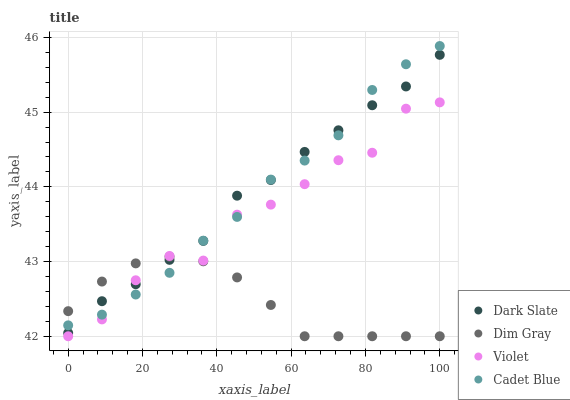
| xaxis_label | Dark Slate | Dim Gray | Violet | Cadet Blue |
 | --- | --- | --- | --- | --- |
 | 0 | 42 | 42.3 | 42 | 42.1 |
 | 9.09 | 42.5 | 42.7 | 42.2 | 42.3 |
 | 18.2 | 42.7 | 43 | 42.7 | 42.6 |
 | 27.3 | 43 | 43.1 | 43.1 | 42.8 |
 | 36.4 | 43.3 | 43 | 43 | 43.3 |
 | 45.5 | 43.9 | 42.8 | 43.6 | 43.6 |
 | 54.5 | 44.1 | 42.4 | 43.8 | 44.1 |
 | 63.6 | 44.5 | 42 | 44 | 44.4 |
 | 72.7 | 44.8 | 42 | 44.4 | 44.7 |
 | 81.8 | 45.1 | 42 | 44.5 | 45.3 |
 | 90.9 | 45.3 | 42 | 45 | 45.6 |
 | 100 | 45.8 | 42 | 45.1 | 45.9 |